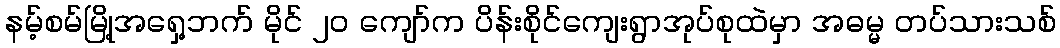
နမ့်စမ်မြို့အရှေ့ဘက် မိုင် ၂၀ ကျော်က ပိန်းစိုင်ကျေးရွာအုပ်စုထဲမှာ အဓမ္မ တပ်သားသစ်